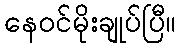
နေဝင်မိုးချုပ်ပြီ။